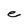
Character: e